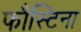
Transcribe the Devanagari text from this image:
फौस्टिना